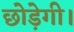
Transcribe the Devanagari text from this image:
छोड़ेगी।